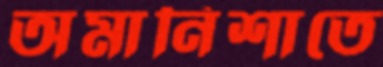
অমানিশাতে